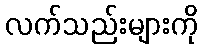
လက်သည်းများကို